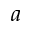
a